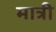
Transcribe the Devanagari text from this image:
मात्री